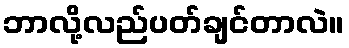
ဘာလို့လည်ပတ်ချင်တာလဲ။